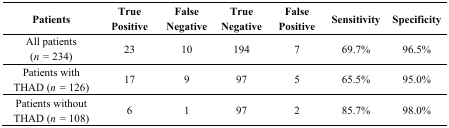
| Patients | True Positive | False Negative | True Negative | False Positive | Sensitivity | Specificity |
 | --- | --- | --- | --- | --- | --- | --- |
 | All patients (n = 234) | 23 | 10 | 194 | 7 | 69.7% | 96.5% |
 | Patients with THAD (n = 126) | 17 | 9 | 97 | 5 | 65.5% | 95.0% |
 | Patients without THAD (n = 108) | 6 | 1 | 97 | 2 | 85.7% | 98.0% |